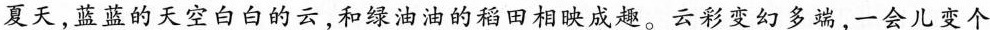
夏天，蓝蓝的天空白白的云，和绿油油的稻田相映成趣。云彩变幻多端，一会儿变个